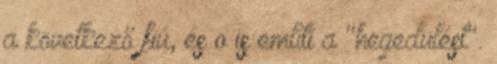
a következő fiú, és o is említi a "hegedülést".